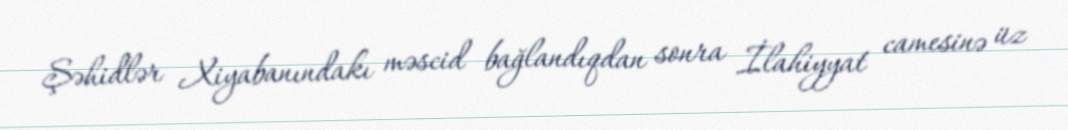
Şəhidlər Xiyabanındakı məscid bağlandıqdan sonra İlahiyyat camesinə üz